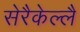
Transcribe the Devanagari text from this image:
सेरैकेल्लै